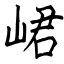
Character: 峮